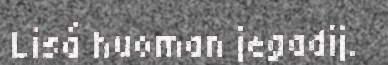
Lisá huoman jegadij.